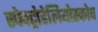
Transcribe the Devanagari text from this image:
स्पेक्ट्रोहेलियोस्कोप